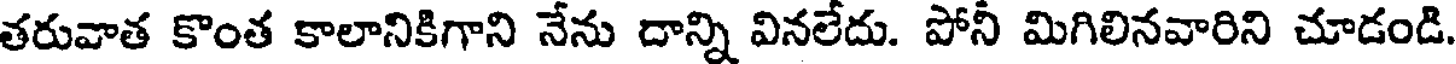
తరువాత కొంత కాలానికిగాని నేను దాన్ని వినలేదు. పోనీ మిగిలినవారిని చూడండి